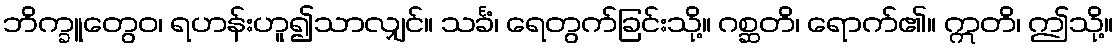
ဘိက္ခူတွေဝ၊ ရဟန်းဟူ၍သာလျှင်။ သင်္ခံ၊ ရေတွက်ခြင်းသို့။ ဂစ္ဆတိ၊ ရောက်၏။ ဣတိ၊ ဤသို့။